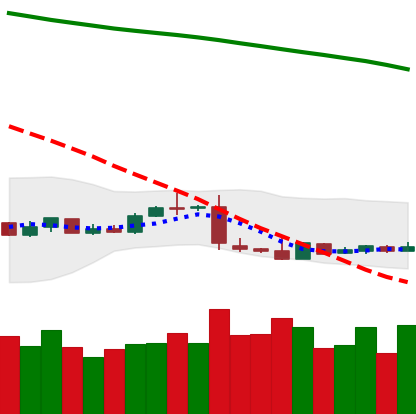
Ticker: XLM-USD
Chart end date: 2019-01-19
Forward return: -5.627%
Label: down_5_7